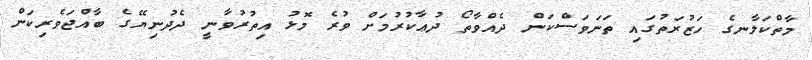
މާތްކަލާނގެ ހަޒުރަތުގައި ތަނަވަސްކަން ދެއްވާތޯ ދުޢާކުރުމަށް ވުރެ މޮޅު އިތުރުވާނީ ދެދުނިޔޭގެ ބާއްޖަވެރިކަން